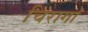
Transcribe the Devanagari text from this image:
चिरागां